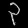
Digit: ၃